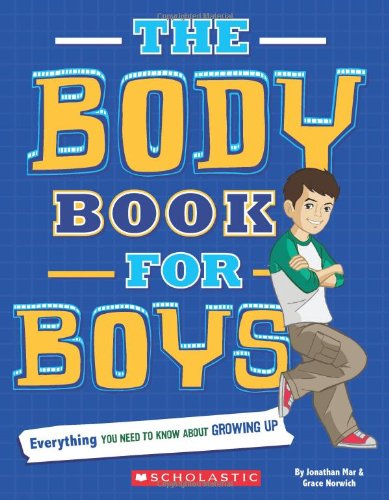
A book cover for The Body Book For Boys; Rebecca Paley; Parenting & Relationships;